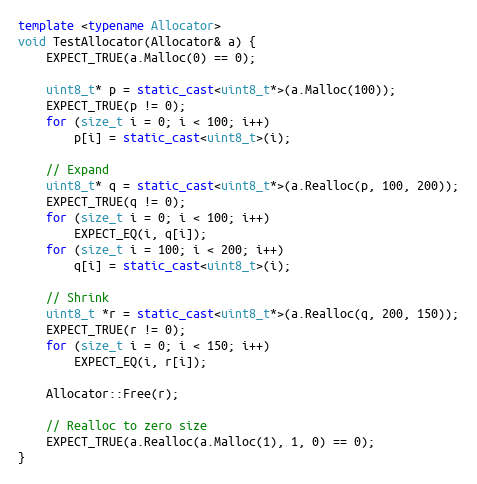
Language: C++
template <typename Allocator>
void TestAllocator(Allocator& a) {
    EXPECT_TRUE(a.Malloc(0) == 0);

    uint8_t* p = static_cast<uint8_t*>(a.Malloc(100));
    EXPECT_TRUE(p != 0);
    for (size_t i = 0; i < 100; i++)
        p[i] = static_cast<uint8_t>(i);

    // Expand
    uint8_t* q = static_cast<uint8_t*>(a.Realloc(p, 100, 200));
    EXPECT_TRUE(q != 0);
    for (size_t i = 0; i < 100; i++)
        EXPECT_EQ(i, q[i]);
    for (size_t i = 100; i < 200; i++)
        q[i] = static_cast<uint8_t>(i);

    // Shrink
    uint8_t *r = static_cast<uint8_t*>(a.Realloc(q, 200, 150));
    EXPECT_TRUE(r != 0);
    for (size_t i = 0; i < 150; i++)
        EXPECT_EQ(i, r[i]);

    Allocator::Free(r);

    // Realloc to zero size
    EXPECT_TRUE(a.Realloc(a.Malloc(1), 1, 0) == 0);
}